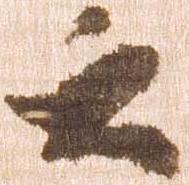
云